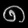
Digit: ၈